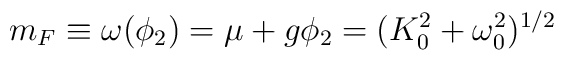
m_F \equiv \omega(\phi_2)=\mu+g\phi_2=(K_0^2+\omega_0^2)^{1/2}